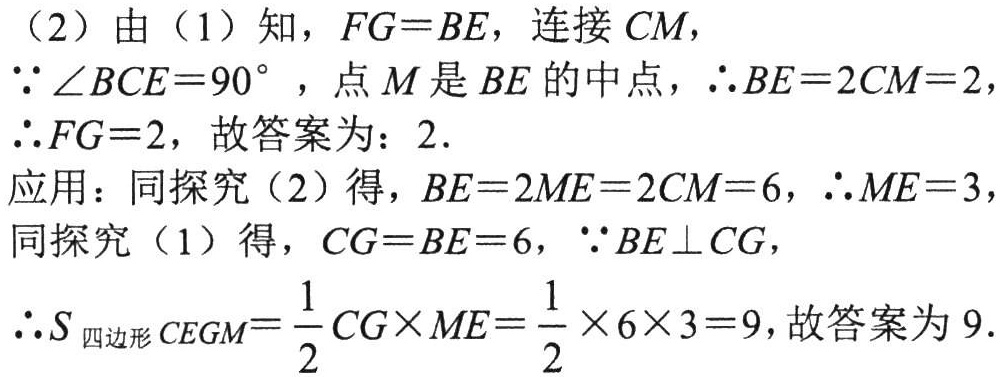
（2）由（1）知，\(FG = BE\)，连接 \(CM\)，

\(\because\angle BCE = 90^{\circ}\)，点 \(M\) 是 \(BE\) 的中点，\(\therefore BE = 2CM = 2\)，

\(\therefore FG = 2\)，故答案为：\(2\).

应用：同探究（2）得，\(BE = 2ME = 2CM = 6\)，\(\therefore ME = 3\)，

同探究（1）得，\(CG = BE = 6\)，\(\because BE\perp CG\)，

\(\therefore S_{\text{四边形}CEGM}=\frac{1}{2}CG\times ME=\frac{1}{2}\times 6\times 3 = 9\)，故答案为 \(9\).